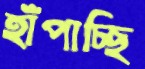
হাঁপাচ্ছি